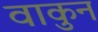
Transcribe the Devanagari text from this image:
वाकुन